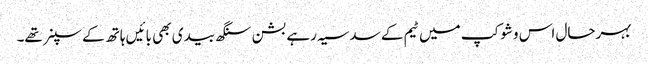
بہرحال اس وشوکپ میں ٹیم کے سدسیہ رہے بشن سنگھ بیدی بھی بائیں ہاتھ کے سپنر تھے۔